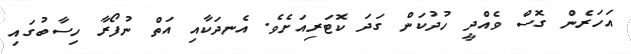
އަހަރެން ގޮސް ވެއްދީ ހުދުކަން ގަދަ ކޮޓަރިއަށެވެ. އެނދަކާއި އަތް ނުފޯރާ ހިސާބުގައި